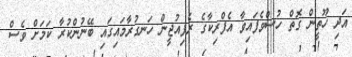
އަދި ހޫތީން ގޮތް ހުސްވެފައިވާ އެފްރިކާގެ ރެފިއުޖީން ހަނގުރާމައިގައި ބޭނުންކުރާ ކަމަށް ވެސް